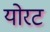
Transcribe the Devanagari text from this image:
योरट